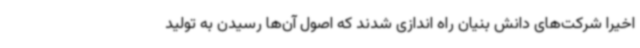
اخیرا شرکت‌های دانش بنیان راه اندازی شدند که اصول آن‌ها رسیدن به تولید